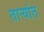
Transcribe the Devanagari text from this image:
ताऱ्यांत